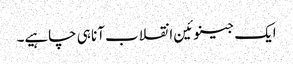
ایک جینوئین انقلاب آنا ہی چاہیے۔